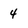
Character: 4